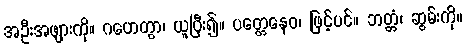
အဦးအဖျားကို။ ဂဟေတွာ၊ ယူပြီး၍။ ပတ္တေနေဝ၊ ဖြင့်ပင်။ ဘတ္တံ၊ ဆွမ်းကို။